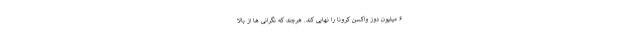
۶ میلیون دوز واکسن کرونا را نهایی کند. هرچند که نگرانی ها از بالا